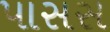
પાસસ